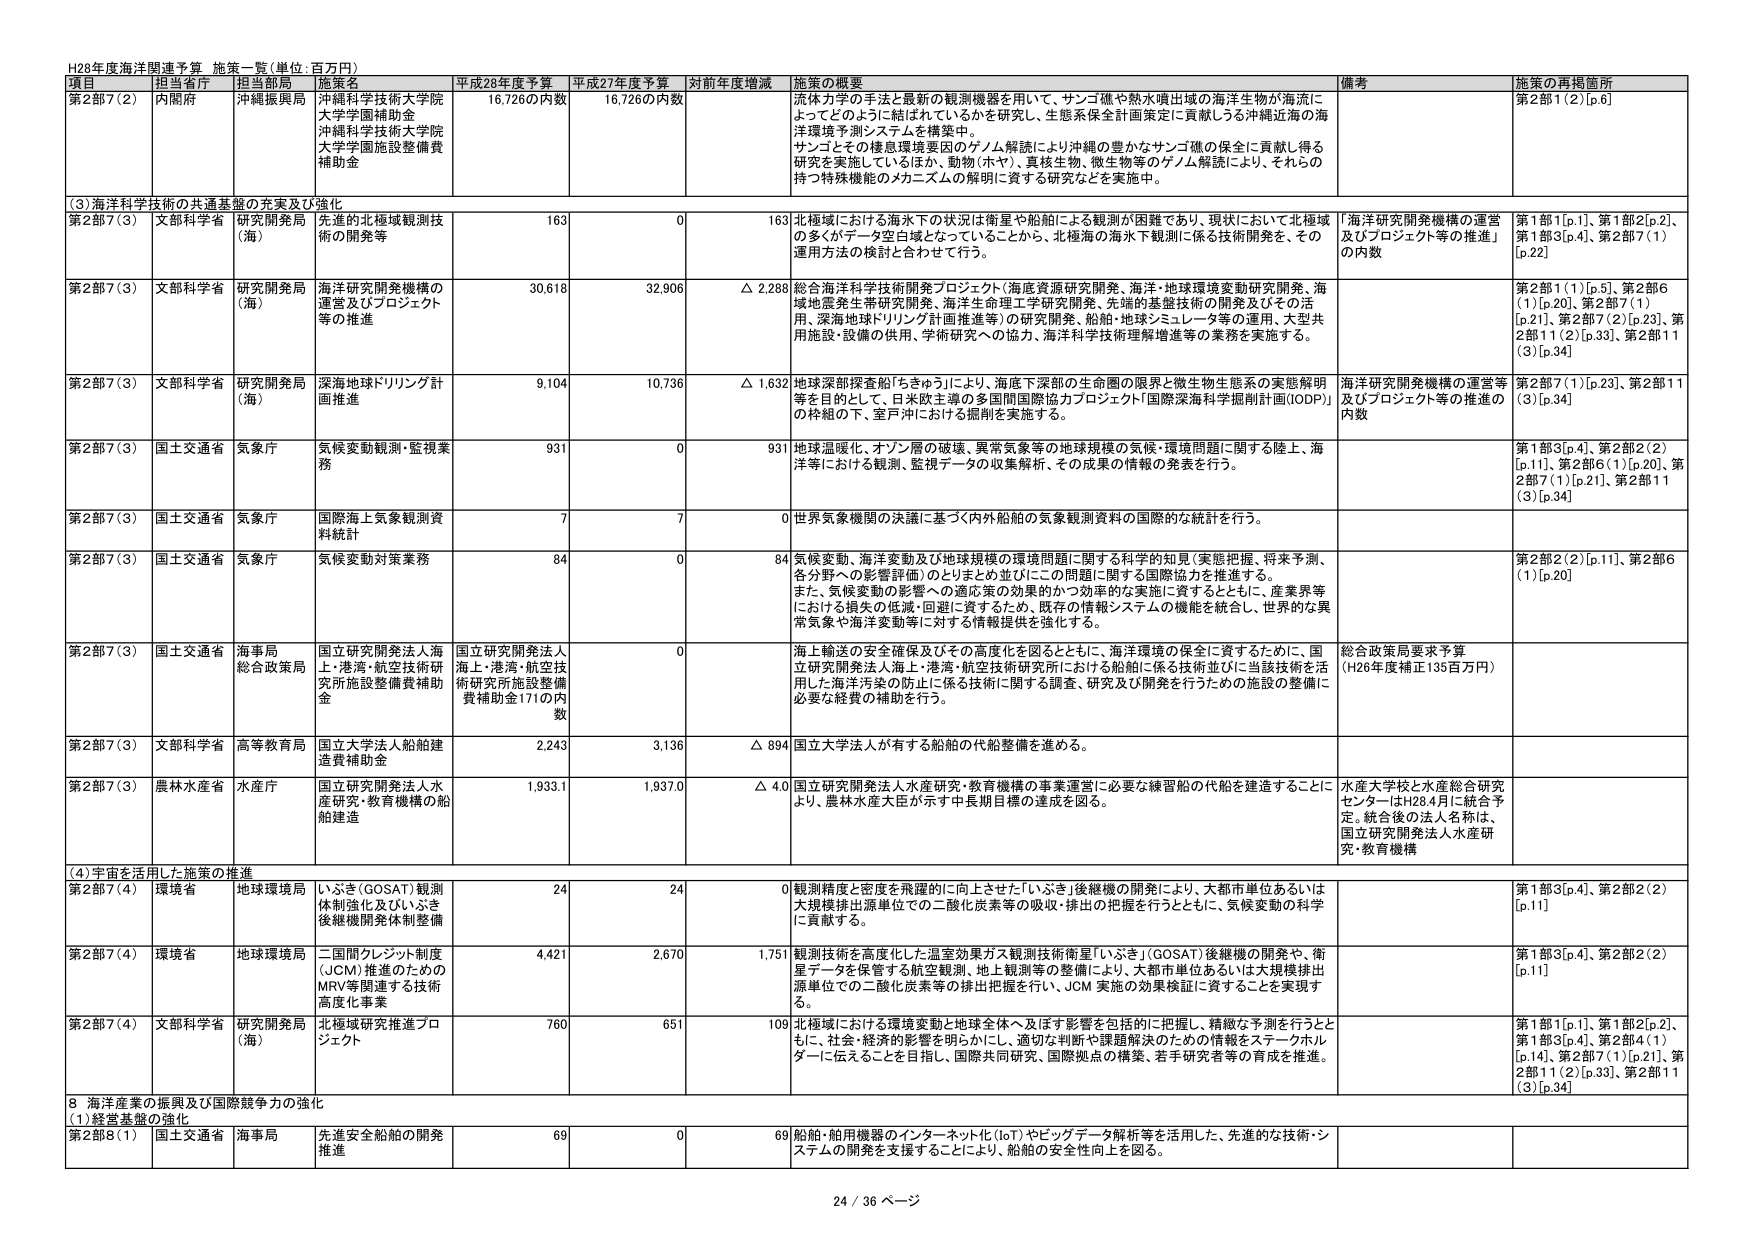
H28年度海洋関連予算 施策一覧（単位：百万円）

項目 担当省庁 担当部局 施策名 平成28年度予算 平成27年度予算 対前年度増減 施策の概要 備考 施策の再掲箇所

第2部7（2） 内閣府 沖縄振興局 沖縄科学技術大学院大学学園補助金 沖縄科学技術大学院大学学園施設整備費補助金 16,726の内数 16,726の内数 流体カ学の手法と最新の観測機器を用いて、サンゴ礁や熱水噴出域の海洋生物が海流によってどのように結ばれているかを研究し、生態系保全計画策定に貢献しうる沖縄近海の海洋環境予測システムを構築中。 サンゴとその棲息環境要因のゲノム解読により沖縄の豊かなサンゴ礁の保全に貢献し得る研究を実施しているほか、動物（ホヤ）、真核生物、微生物等のゲノム解読により、それらの持つ特殊機能のメカニズムの解明に資する研究などを実施中。 第2部1（2）[p.6]

（3）海洋科学技術の共通基盤の充実及び強化

第2部7（3） 文部科学省 研究開発局（海） 先進的北極域観測技術の開発等 163 0 163 北極域における海氷下の状況は衛星や船舶による観測が困難であり、現状において北極域の多くがデータ空白となっていることから、北極海の海氷下観測に係る技術開発を、その運用方法の検討と合わせて行う。 「海洋研究開発機構の運営及びプロジェクト等の推進」の内数 第1部1[p.1]、第1部2[p.2]、第1部3[p.4]、第2部7（1）[p.22]

第2部7（3） 文部科学省 研究開発局（海） 海洋研究開発機構の運営及びプロジェクト等の推進 30,618 32,906 △ 2,288 総合海洋科学技術開発プロジェクト（海産資源研究開発、海洋・地球環境変動研究開発、海域地盤発生帯研究開発、海洋生命理工学研究開発、先端的基盤技術の開発及びその活用、深海地球ドリリング計画推進等）の研究開発、船舶・地球シミュレータ等の運用、大型共用施設・設備の供用、学術研究への協力、海洋科学技術理解増進等の業務を実施する。 第2部1（1）[p.5]、第2部6（1）[p.20]、第2部7（1）[p.21]、第2部7（2）[p.23]、第2部11（2）[p.33]、第2部11（3）[p.34]

第2部7（3） 文部科学省 研究開発局（海） 深海地球ドリリング計画推進 9,104 10,736 △ 1,632 地球深部探査船「ちきゅう」により、海底下深部の生命圏の限界と微生物生態系の実態解明等を目的として、日米欧主導の多国間国際協力プロジェクト「国際深海科学掘削計画（IODP）」の枠組の下、室戸沖における掘削を実施する。 海洋研究開発機構の運営等及びプロジェクト等の推進の内数 第2部7（1）[p.23]、第2部11（3）[p.34]

第2部7（3） 国土交通省 気象庁 気候変動観測・監視業務 931 0 931 地球温暖化、オゾン層の破壊、異常気象等の地球規模の気候・環境問題に関する陸上、海洋等における観測、監視データの収集解析、その成果の情報の発表を行う。 第1部3[p.4]、第2部2（2）[p.11]、第2部6（1）[p.20]、第2部7（1）[p.21]、第2部11（3）[p.34]

第2部7（3） 国土交通省 気象庁 国際海上気象観測資料統計 7 7 0 世界気象機関の決議に基づく内外船舶の気象観測資料の国際的な統計を行う。

第2部7（3） 国土交通省 気象庁 気候変動対策業務 84 0 84 気候変動、海洋変動及び地球規模の環境問題に関する科学的知見（実態把握、将来予測、各分野への影響評価）のとりまとめ並びにこの問題に関する国際協力を推進する。 また、気候変動の影響への適応策の効果的かつ効率的な実施に資するとともに、産業界等における損失の低減・回避に資するため、既存の情報システムの機能を統合し、世界的な異常気象や海洋変動等に対する情報提供を強化する。 第2部2（2）[p.11]、第2部6（1）[p.20]

第2部7（3） 国土交通省 海事局 総合政策局 国立研究開発法人海上・港湾・航空技術研究所施設整備費補助金 国立研究開発法人海上・港湾・航空技術研究所施設整備費補助金171の内数 0 海上輸送の安全確保及びその高度化を図るとともに、海洋環境の保全に資するために、国立研究開発法人海上・港湾・航空技術研究所における船舶に係る技術並びに当該技術を活用した海洋汚染の防止に係る技術に関する調査、研究及び開発を行うための施設の整備に必要な経費の補助を行う。 総合政策局要求予算（H26年度補正135百万円）

第2部7（3） 文部科学省 高等教育局 国立大学法人船舶建造費補助金 2,243 3,136 △ 894 国立大学法人が有する船舶の代船整備を進める。

第2部7（3） 農林水産省 水産庁 国立研究開発法人水産研究・教育機構の船舶建造 1,933.1 1,937.0 △ 4.0 国立研究開発法人水産研究・教育機構の事業運営に必要な練習船の代船を建造することにより、農林水産大臣が示す中長期目標の達成を図る。 水産大学校と水産総合研究センターはH28.4月に統合予定。統合後の法人名称は、国立研究開発法人水産研究・教育機構

（4）宇宙を活用した施策の推進

第2部7（4） 環境省 地球環境局 いぶき（GOSAT）観測体制強化及びいぶき後継機開発体制整備 24 24 0 観測精度と密度を飛躍的に向上させた「いぶき」後継機の開発により、大都市単位あるいは大規模排出源単位での二酸化炭素等の吸収・排出の把握を行うとともに、気候変動の科学に貢献する。 第1部3[p.4]、第2部2（2）[p.11]

第2部7（4） 環境省 地球環境局 二国間クレジット制度（JCM）推進のためのMRV等関連する技術高度化事業 4,421 2,670 1,751 観測技術を高度化した温室効果ガス観測技術衛星「いぶき」（GOSAT）後継機の開発や、衛星データを保管する航空観測、地上観測等の整備により、大都市単位あるいは大規模排出源単位での二酸化炭素等の排出把握を行い、JCM 実施の効果検証に資することを実現する。 第1部3[p.4]、第2部2（2）[p.11]

第2部7（4） 文部科学省 研究開発局（海） 北極域研究推進プロジェクト 760 651 109 北極域における環境変動と地球全体へ及ぼす影響を包括的に把握し、精緻な予測を行うとともに、社会・経済的影響を明らかにし、適切な判断や課題解決のための情報をステークホルダーに伝えることを目指し、国際共同研究、国際拠点の構築、若手研究者等の育成を推進。 第1部1[p.1]、第1部2[p.2]、第1部3[p.4]、第2部4（1）[p.14]、第2部7（1）[p.21]、第2部11（2）[p.33]、第2部11（3）[p.34]

8 海洋産業の振興及び国際競争力の強化

（1）経営基盤の強化

第2部8（1） 国土交通省 海事局 先進安全船舶の開発推進 69 0 69 船舶・舶用機器のインターネット化（IoT）やビッグデータ解析等を活用した、先進的な技術・システムの開発を支援することにより、船舶の安全性向上を図る。

24 / 36 ページ